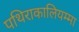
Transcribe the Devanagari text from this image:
पथिराकालियम्मा